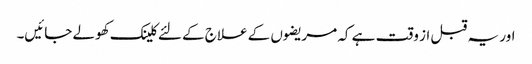
اور یہ قبل از وقت ہے کہ مریضوں کے علاج کے لئے کلینک کھولے جائیں۔